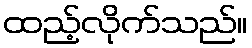
ထည့်လိုက်သည်။